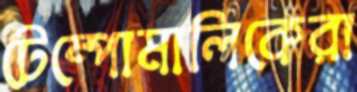
টেম্পোমালিকেরা